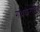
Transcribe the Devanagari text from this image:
गंधकरहित